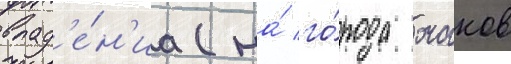
влад'е́н'иа (на́ го́рода очаков